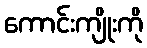
ကောင်းကျိုးကို